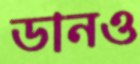
ডানও